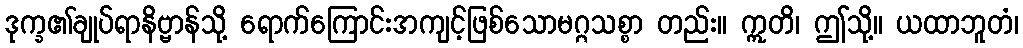
ဒုက္ခ၏ချုပ်ရာနိဗ္ဗာန်သို့ ရောက်ကြောင်းအကျင့်ဖြစ်သောမဂ္ဂသစ္စာ တည်း။ ဣတိ၊ ဤသို့။ ယထာဘူတံ၊